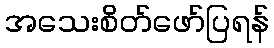
အသေးစိတ်ဖော်ပြရန်